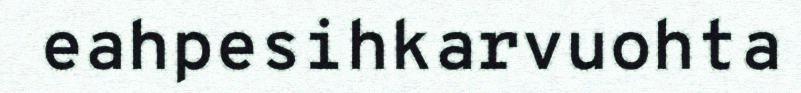
eahpesihkarvuohta